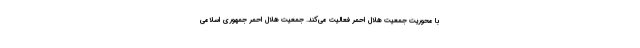
با محوریت جمعیت هلال احمر فعالیت می‌کند. جمعیت هلال احمر جمهوری اسلامی